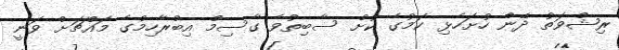
ރިޝްވަތު ދޭން ހުށަހެޅި ކަމުގެ ކުށް ސާބިތުވެ ގާސިމް އިބްރާހިމްގެ މައްޗަށް ވަނީ